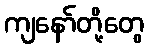
ကျနော်တို့တွေ